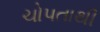
ચોપતાથી